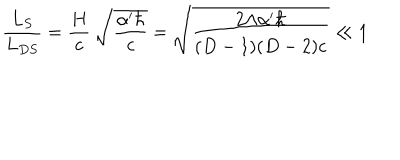
\frac { L _ { S } } { L _ { D S } } = \frac { H } { c } \: \sqrt { \frac { \alpha ^ { \prime } \hbar } { c } } = \sqrt { \frac { 2 \Lambda \alpha ^ { \prime } \hbar } { ( D - 1 ) ( D - 2 ) c } } \ll 1